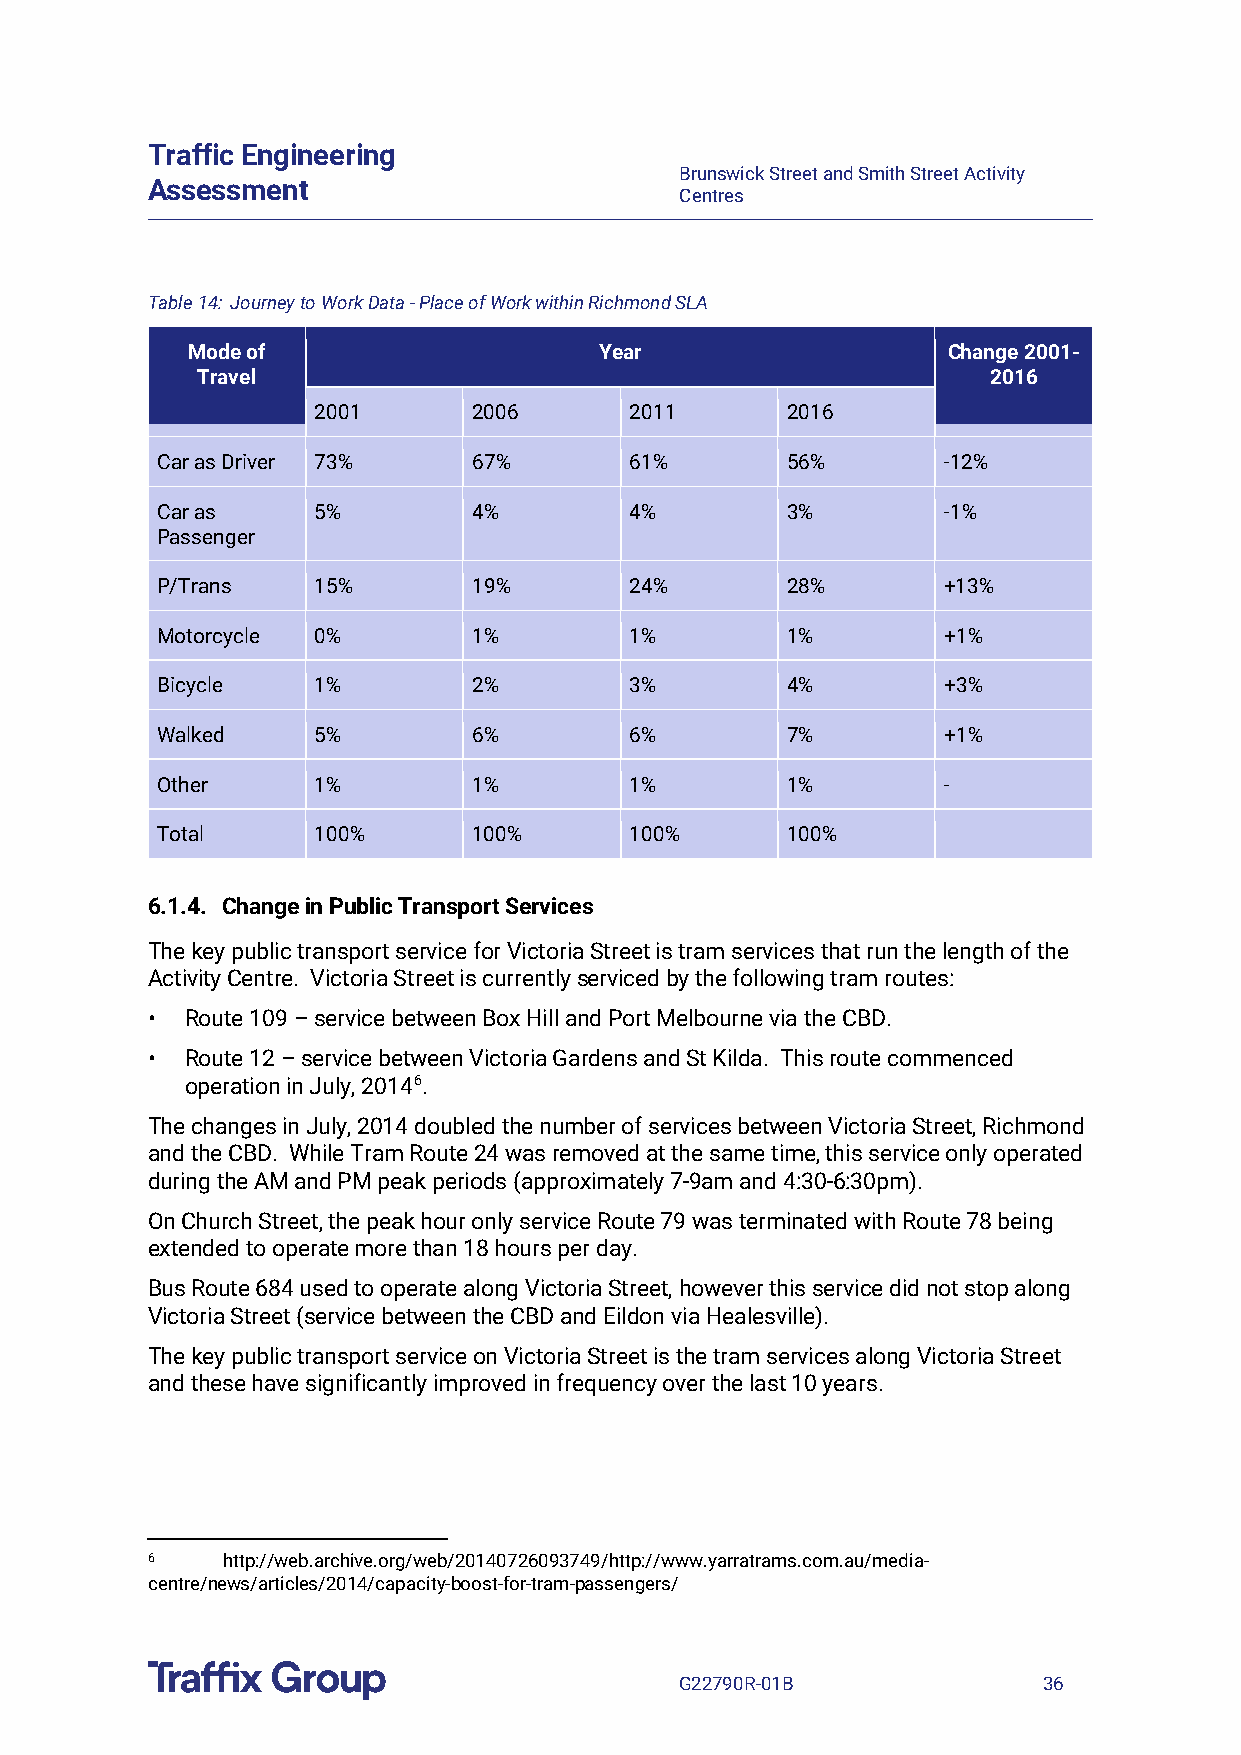
Traffic Engineering
 Brunswick Street and Smith Street Activity
 Assessment
 Centres
 Table 14: Journey to Work Data - Place of Work within Richmond SLA
 Mode of                     Year                   Change 2001-
 Travel                                              2016
 2001      2006       2011      2016
 Car as Driver 73%    67%        61%       56%       -12%
 Car as     5%        4%         4%        3%        -1%
 Passenger
 P/Trans    15%       19%        24%       28%       +13%
 Motorcycle 0%        1%         1%        1%        +1%
 Bicycle    1%        2%         3%        4%        +3%
 Walked     5%        6%         6%        7%        +1%
 Other      1%        1%         1%        1%        -
 Total      100%      100%       100%      100%
 6.1.4. Change in Public Transport Services
 The key public transport service for Victoria Street is tram services that run the length of the
 Activity Centre. Victoria Street is currently serviced by the following tram routes:
 • Route 109 – service between Box Hill and Port Melbourne via the CBD.
 • Route 12 – service between Victoria Gardens and St Kilda. This route commenced
 operation in July, 20146.
 The changes in July, 2014 doubled the number of services between Victoria Street, Richmond
 and the CBD. While Tram Route 24 was removed at the same time, this service only operated
 during the AM and PM peak periods (approximately 7-9am and 4:30-6:30pm).
 On Church Street, the peak hour only service Route 79 was terminated with Route 78 being
 extended to operate more than 18 hours per day.
 Bus Route 684 used to operate along Victoria Street, however this service did not stop along
 Victoria Street (service between the CBD and Eildon via Healesville).
 The key public transport service on Victoria Street is the tram services along Victoria Street
 and these have significantly improved in frequency over the last 10 years.
 6    http://web.archive.org/web/20140726093749/http://www.yarratrams.com.au/media-
 centre/news/articles/2014/capacity-boost-for-tram-passengers/
 G22790R-01B             36